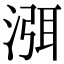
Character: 渳